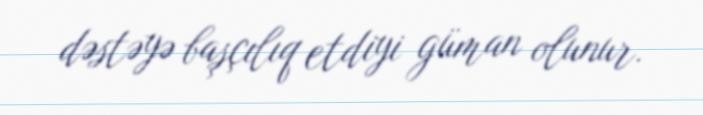
dəstəyə başçılıq etdiyi güman olunur.